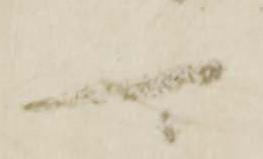
可